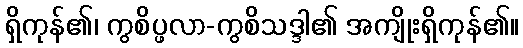
ရှိကုန်၏၊ ကွစိပ္ဖလာ-ကွစိသဒ္ဒါ၏ အကျိုးရှိကုန်၏။